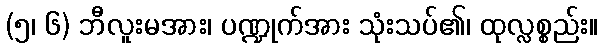
(၅၊ ၆) ဘီလူးမအား၊ ပဏ္ဍုက်အား သုံးသပ်၏၊ ထုလ္လစ္စည်း။